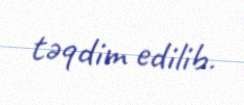
təqdim edilib.